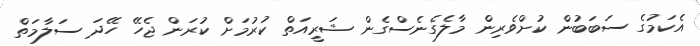
އެކަމުގެ ސަބަބުން ކުށްވެރިން މާލެގެނެސްގެން ޝަރީއަތް ކުރުމަށް ކުރަން ޖެހޭ ހޭދަ ސަލާމަތް